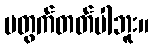
မတွက်တတ်ပါဘူး။